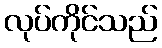
လုပ်ကိုင်သည်